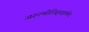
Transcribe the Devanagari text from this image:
अरुल्मोज्हिवार्मन